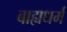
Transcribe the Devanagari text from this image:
बाह्यधर्म